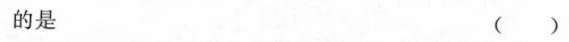
的是 ()